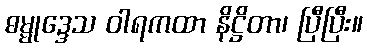
ဓမ္မုဒ္ဒေသ ဝါရကထာ နိဋ္ဌိတာ၊ ပြီပြီး။